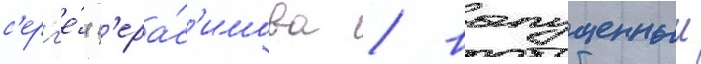
с'ерг'е́я г'ера́с'имова / выпущенныи